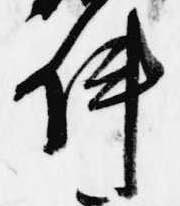
陣